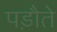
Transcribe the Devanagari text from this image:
पड़ौते